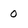
Character: 0